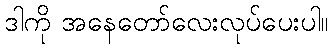
ဒါကို အနေတော်လေးလုပ်ပေးပါ။